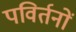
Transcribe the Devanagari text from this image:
पविर्तनों